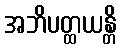
အဘိပတ္ထယန္တိ